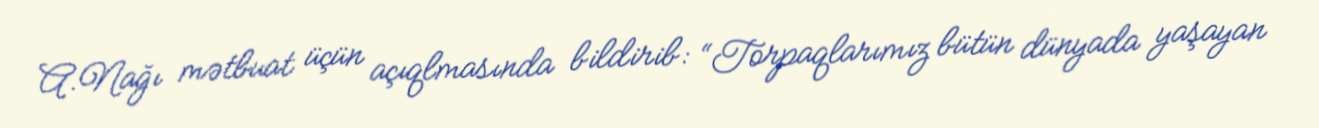
A.Nağı mətbuat üçün açıqlmasında bildirib: “Torpaqlarımız bütün dünyada yaşayan